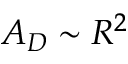
A _ { D } \sim R ^ { 2 }